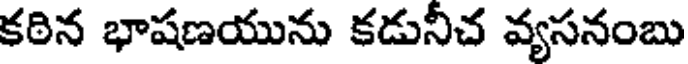
కఠిన భాషణయును కడునీచ వ్యసనంబు